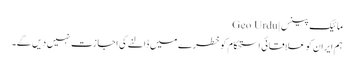
مائیک پینس | Geo Urdu
ہم ایران کو علاقائی استحکام کو خطرے میں ڈالنے کی اجازت نہیں دیں گے۔